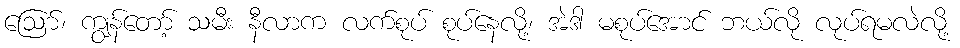
ဩော်၊ ကျွန်တော့် သမီး နီလာက လက်စုပ် စုပ်နေလို့၊ အဲဒါ မစုပ်အောင် ဘယ်လို လုပ်ရမလဲလို့